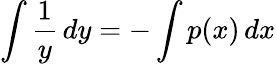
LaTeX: \int{\frac{1}{y}}\, dy=-\int p(x)\, dx